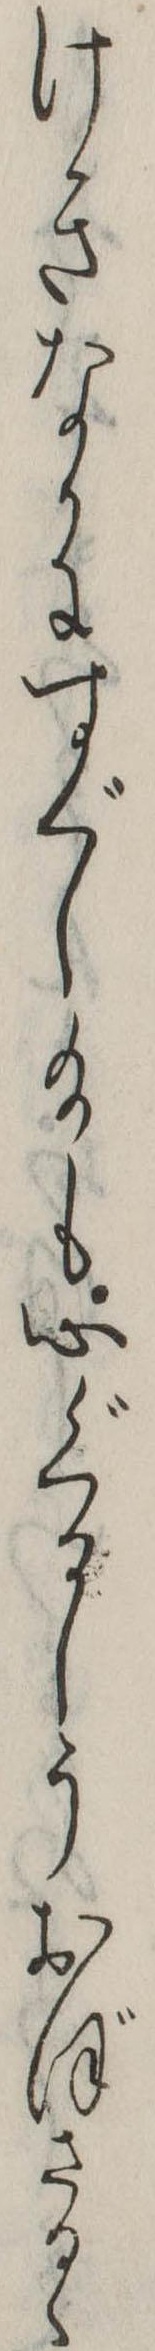
けきなかにすぐし給も心ぐるしうおぼさるゝ